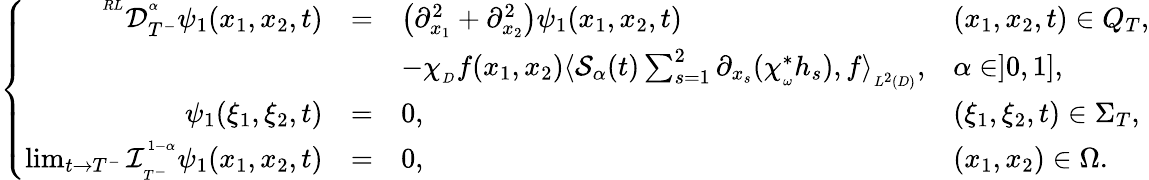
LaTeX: \left\{ \begin{array}{rlll}{^{^{RL}}\mathcal{D}_{T^{-}}^{^\alpha}\psi_{1}(x_{1},x_{2},t)}&{=}&{\left(\partial_{x_{1}}^{2}+\partial_{x_{2}}^{2}\right)\psi_{1}(x_{1},x_{2},t)}&{(x_{1},x_{2},t)\in Q_{T},}\\ &&{-\chi_{_{D}}f(x_{1},x_{2})\langle\mathcal{S}_{\alpha}(t)\sum_{s=1}^{2}\partial_{x_{s}}(\chi_{_\omega}^{*}h_{s}),f\rangle_{_{L^{2}(D)}},}&{\alpha\in]0,1],}\\ {\psi_{1}(\xi_{1},\xi_{2},t)}&{=}&{0,}&{(\xi_{1},\xi_{2},t)\in\Sigma_{T},}\\ {\operatorname*{lim}_{t\rightarrow T^{-}}\mathcal{I}_{_{T^{-}}}^{^{1-\alpha}}\psi_{1}(x_{1},x_{2},t)}&{=}&{0,}&{(x_{1},x_{2})\in\Omega.}\end{array}\right.